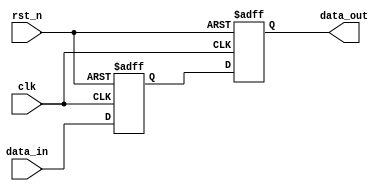
// SPDX-License-Identifier: Apache-2.0
// Copyright (C) 2019 Intel Corporation. All rights reserved
//****************************************************************************************
// (C) 2009 Altera Corporation. All rights reserved.
//
//****************************************************************************************

//------------------------------------------------------------------------
// Revision:    $Revision: #1 $
//------------------------------------------------------------------------
// Description:
//
//------------------------------------------------------------------------
module cdclib_sync2_reset_type_n_gate
    (
    input  wire              clk,     // clock
    input  wire              rst_n,   // async reset
    input  wire 	     data_in, // data in
    output wire 	     data_out // data out
     );


   reg		data_in_sync;
   reg		data_in_sync2;
   
   always @(negedge rst_n or posedge clk) begin
      if (rst_n == 1'b0) begin
        data_in_sync <= 	1'b0;
        data_in_sync2 <= 	1'b0;
      end
      else begin
        data_in_sync <= 	data_in;
        data_in_sync2 <= 	data_in_sync;
      end
   end    
     
   assign data_out = data_in_sync2;

endmodule // cdclib_sync2_reset_type_n_gate